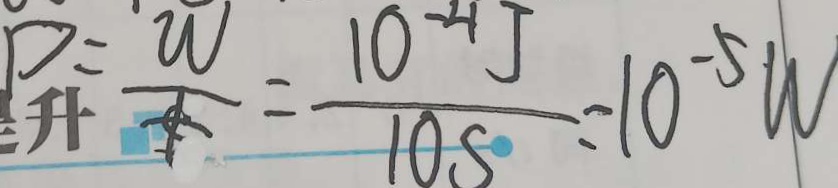
P = \frac { w } { t } = \frac { 1 0 ^ { - 4 } J } { 1 0 s } = 1 0 ^ { - 5 } W